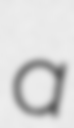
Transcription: a